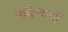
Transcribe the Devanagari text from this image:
कठिनायीँ